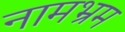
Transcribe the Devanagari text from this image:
नामभ्रम